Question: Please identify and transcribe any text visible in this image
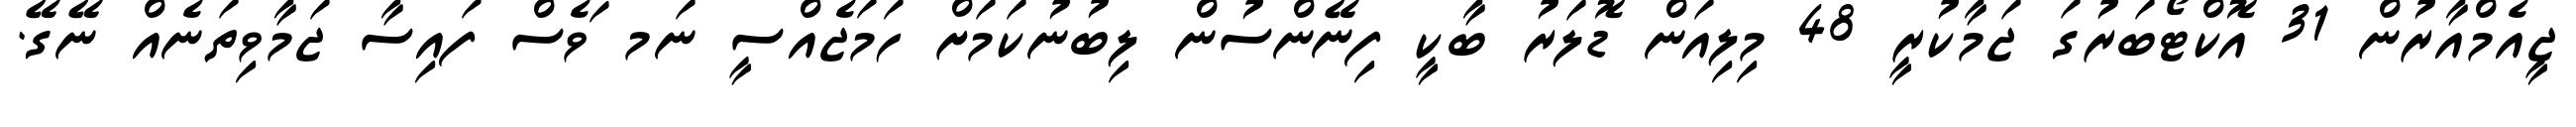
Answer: ޖީއެމްއާރުން 31 އޮކްޓޯބަރުގަ ޖަމާކުރީ 48 މިލިއަން ޑޮލަރު ބާކީ ފިނޭންސުން ލިބުނުކަމަށް ހަމަޖެއްސީ ނަމ ަވެސް ފައިސާ ޖަމާވިތަނެއް ނޭގޭ.